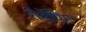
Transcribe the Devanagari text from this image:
रीसेपिंग